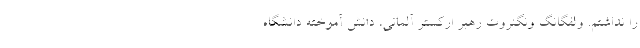
را نداشتم. ولفگانگ ونگنروت رهبر ارکستر آلمانی، دانش آموخته دانشگاه